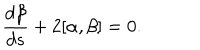
LaTeX: \frac { d \beta } { d s } + 2 [ \alpha , \beta ] = 0 .